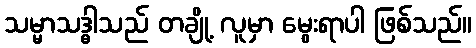
သမ္မာသဒ္ဓါသည် တချို့ လူမှာ မွေးရာပါ ဖြစ်သည်။